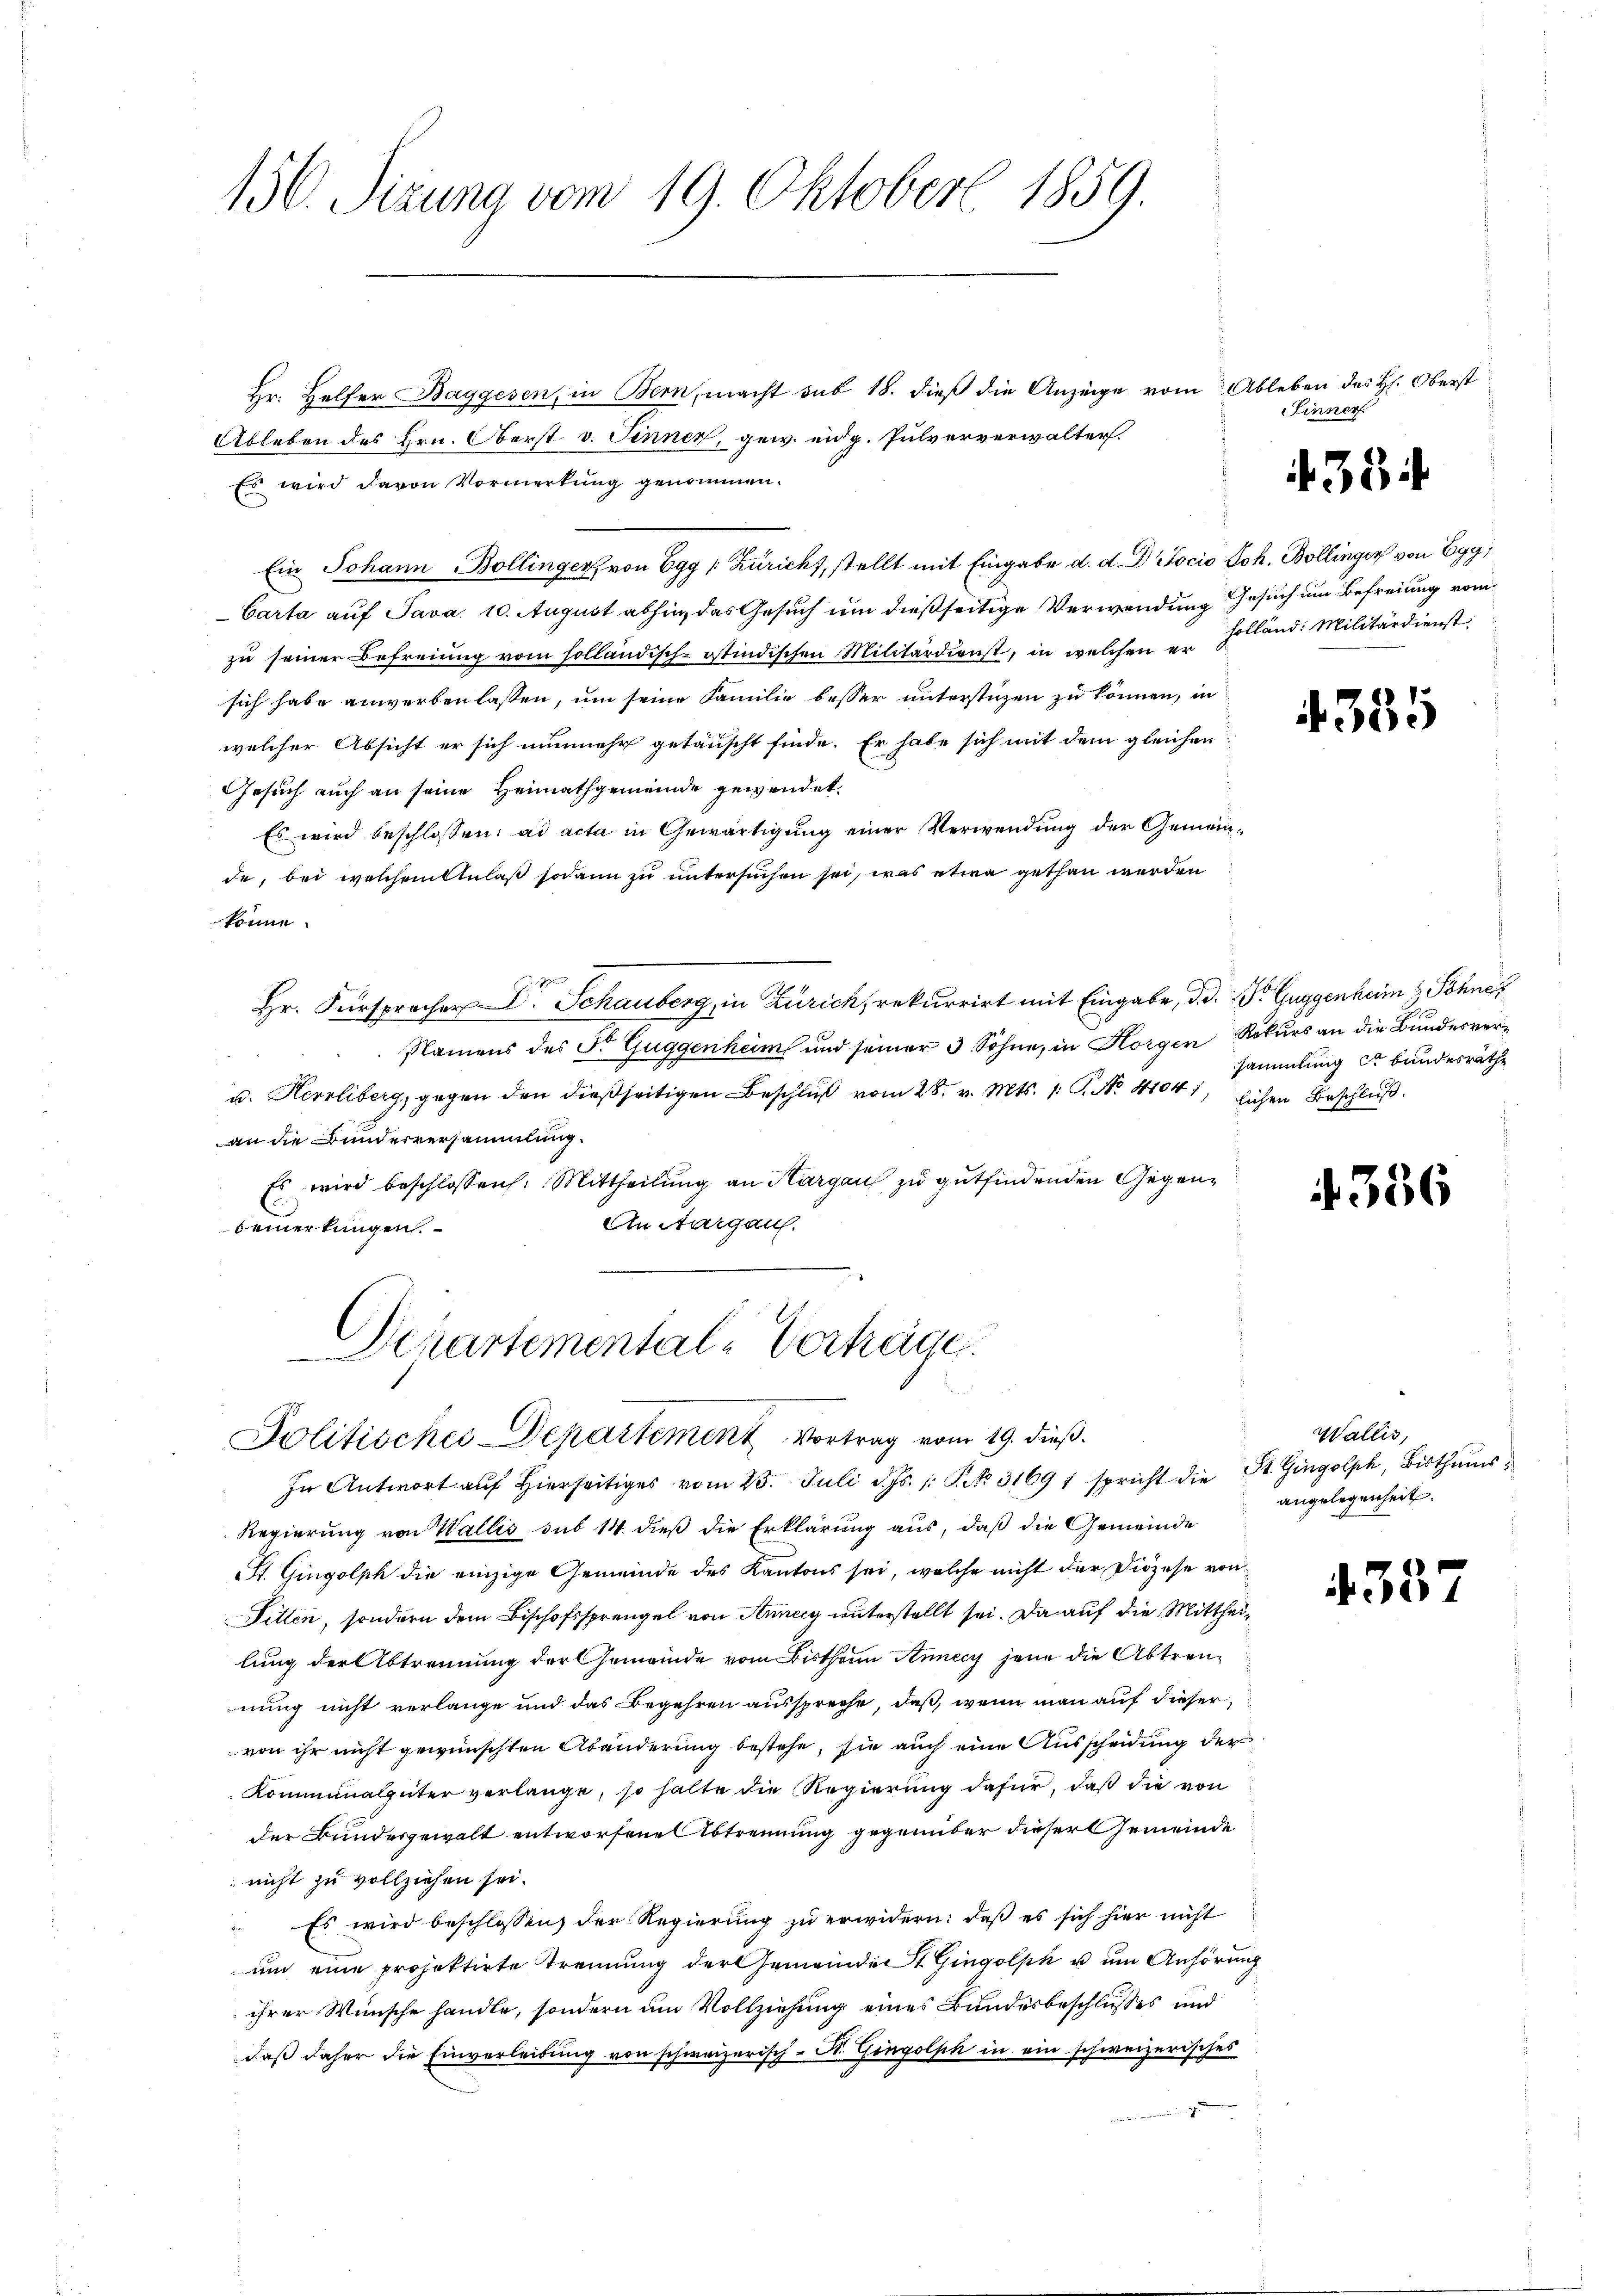
Ableben des Hrn. Oberst v. Sinner, gew. eidg. Pulververwalter.
Es wird davon Vormerkung genommen.
Ein Johann Bollinger von Egg [Züricht, stellt mit Eingabe d. d. Dr. Jocio Joh. Bollinger von Egg,
Carta auf Java. 10. August abhin, das Gesuch um dießseitige Verwendung Gesuch um Befreiung vom
zu seiner Befreiung vom holländisch-Itindischen Militärdienst, in welchen u. Holland: Militärdienste
sich habe anwerben lassen, um seine Familie besser unterstüzen zu können, in
welcher Absicht er sich nunmehr getauscht finde. Er habe sich mit dem gleichen
Gesuch auch an seine Heimathgemeinde gewendet.
Es wird beschlossen: ad acta in Gewärtigung einer Verwendung der Gemeinde, bei welchemittelaß sodann zu untersuchen sei, was etwa gethan werden
könne.
Hr. Fürsprocher Dr. Schauberg, in Zürich, rekurrirt mit Eingabe, d. d. Dr Guggenheim Sohner
Namens des Fr. Guggenheim und seiner 3 Söhne, in Horgen Rekurs an die Bundene
u. Herrliberg, gegen den dießseitigen Beschluß vom 28. v. Mts. 1. P. Nr. 41041, lichen Beschluß
an die Bundesversammlung.
Es wird beschlossen: Mittheilung an Kargau zu gutfindenden Gegen¬
An Aargaus.
bemerkungen.

150. Sitzung vom 19. Oktober 1859.

Schartemental-Verträge.
Politischei-Departiment Vortrag vom 19. dieß.

Hr. Helfer Baggesen, in Bern, macht sub 18. dieß die Anzeige vom Ableben des H. Oberst

In Antwort aŭf hierseits vom 25. Juli d. Js. 1. P. Nr. 31691 spricht die St. Gingolph, Bisthums
Regierung von Wallis sub 14 dieß die Erklärung aus, daß die Gemeinde
St. Gingolph die einzige Gemeinde des Kantons sei, welche nicht der Diözese von
Fitten, sondern dem Bischofssprengel von Annecy unterstellt sei. Da auf die Mittheilung der Abtrennung der Gemeinde vom Bistheim Annecz jene die Abtrennung nicht verlange und das Begehren ausspreche, daß, wenn man auf dieser
von ihr nicht gewünschten Abänderung bestehe, sie auch eine Ausscheidung der
Kommunalgüter verlange, so halte die Regierung dafür, daß die von
der Bundesgewalt entworfene Abtrennung gegenüber dieser Gemeinde
nicht zu vollziehen sei.
 Es wird beschlossen, der Regierung zu erwidern: daß es sich hier nicht
um eine projektirte Trennung der Gemeinde St. Gingolpk u um Anhörung
ihrer Wünsche handle, sondern am Vollziehung eines Bundesbeschlusses und
daß daher die Einverleibung von schweizerisch-St. Gingolph in ein schweizerisches
2

Finner

354

4335

sammlung er bundesrathe

4336

Wallis,
angelegenheit.

4337